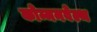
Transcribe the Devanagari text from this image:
कोम्मनवेल्थ